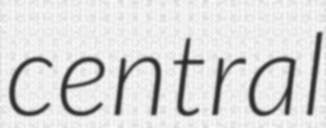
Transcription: central